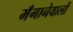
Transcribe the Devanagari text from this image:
मँगानेवालों